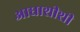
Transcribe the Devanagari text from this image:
आधाशीशी